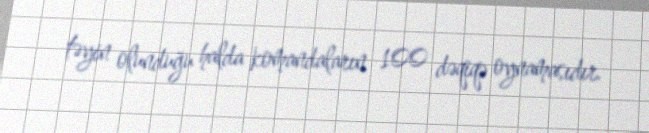
təyin olunduğu halda komandaların 100 dəqiqə oynamasıdır.